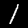
Digit: 1